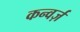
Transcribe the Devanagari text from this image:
कन्वर्ज़